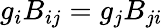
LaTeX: g_{i}B_{ij}=g_{j}B_{ji}